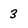
Character: 3